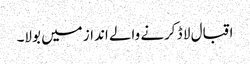
اقبال لا ڈ کرنے والے انداز میں بولا۔